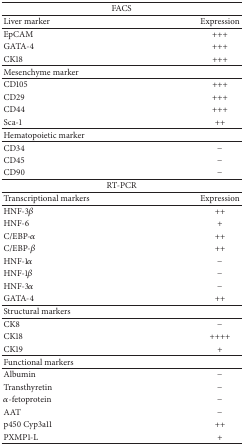
| <COLSPAN=2> FACS |
 | --- | --- |
 | Liver marker | Expression |
 | EpCAM | +++ |
 | GATA-4 | +++ |
 | CK18 | +++ |
 | Mesenchyme marker |  |
 | CD105 | +++ |
 | CD29 | +++ |
 | CD44 | +++ |
 | Sca-1 | ++ |
 | Hematopoietic marker |  |
 | CD34 | − |
 | CD45 | − |
 | CD90 | − |
 | <COLSPAN=2> RT-PCR |
 | Transcriptional markers | Expression |
 | HNF-3β | ++ |
 | HNF-6 | + |
 | C/EBP-α | ++ |
 | C/EBP-β | ++ |
 | HNF-1α | − |
 | HNF-1β | − |
 | HNF-3α | − |
 | GATA-4 | ++ |
 | Structural markers |  |
 | CK8 | − |
 | CK18 | ++++ |
 | CK19 | + |
 | Functional markers |  |
 | Albumin | − |
 | Transthyretin | − |
 | α-fetoprotein | − |
 | AAT | − |
 | p450 Cyp3a11 | ++ |
 | PXMP1-L | + |